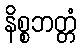
နိစ္စဘတ္တံ